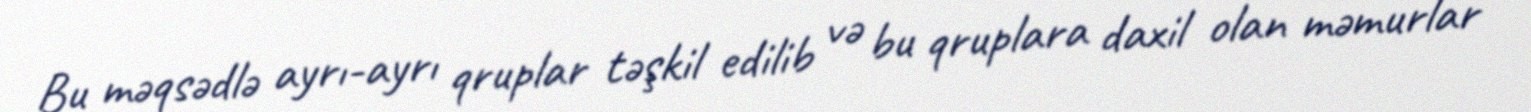
Bu məqsədlə ayrı-ayrı qruplar təşkil edilib və bu qruplara daxil olan məmurlar